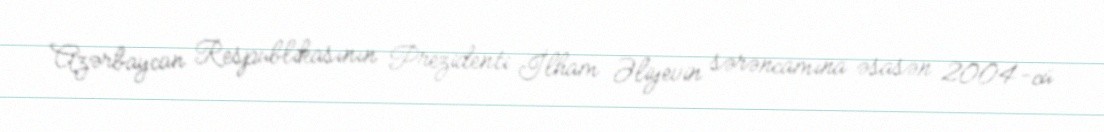
Azərbaycan Respublikasının Prezidenti İlham Əliyevin sərəncamına əsasən 2004-cü